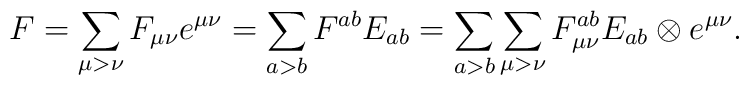
F= \sum_{\mu>\nu}F_{\mu\nu}e^{\mu\nu}= \sum_{a>b} F^{ab} E_{ab} =\sum_{a>b}\sum_{\mu>\nu}F^{ab}_{\mu\nu}E_{ab} \otimes e^{\mu\nu}.